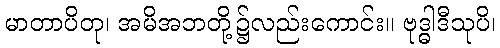
မာတာပိတု၊ အမိအဘတို့၌လည်းကောင်း။ ဗုဒ္ဓါဒီသုပိ၊